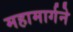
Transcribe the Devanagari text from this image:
महामार्गने